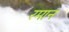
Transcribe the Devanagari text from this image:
रमान